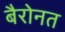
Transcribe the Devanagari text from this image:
बैरोनत